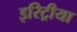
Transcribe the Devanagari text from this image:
इरिट्रीया